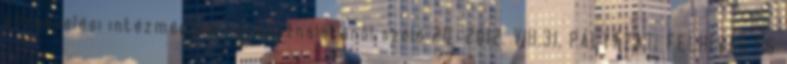
köznevelési intézmények névhasználatáról szóló 20 2012. VIII.31. PÁLYÁZATI FELHÍVÁS ÉS